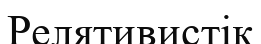
Релятивистік